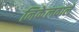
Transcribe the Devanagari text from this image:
निकेलवाले